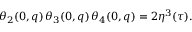
\theta _ { 2 } ( 0 , q ) \, \theta _ { 3 } ( 0 , q ) \, \theta _ { 4 } ( 0 , q ) = 2 \eta ^ { 3 } ( \tau ) .